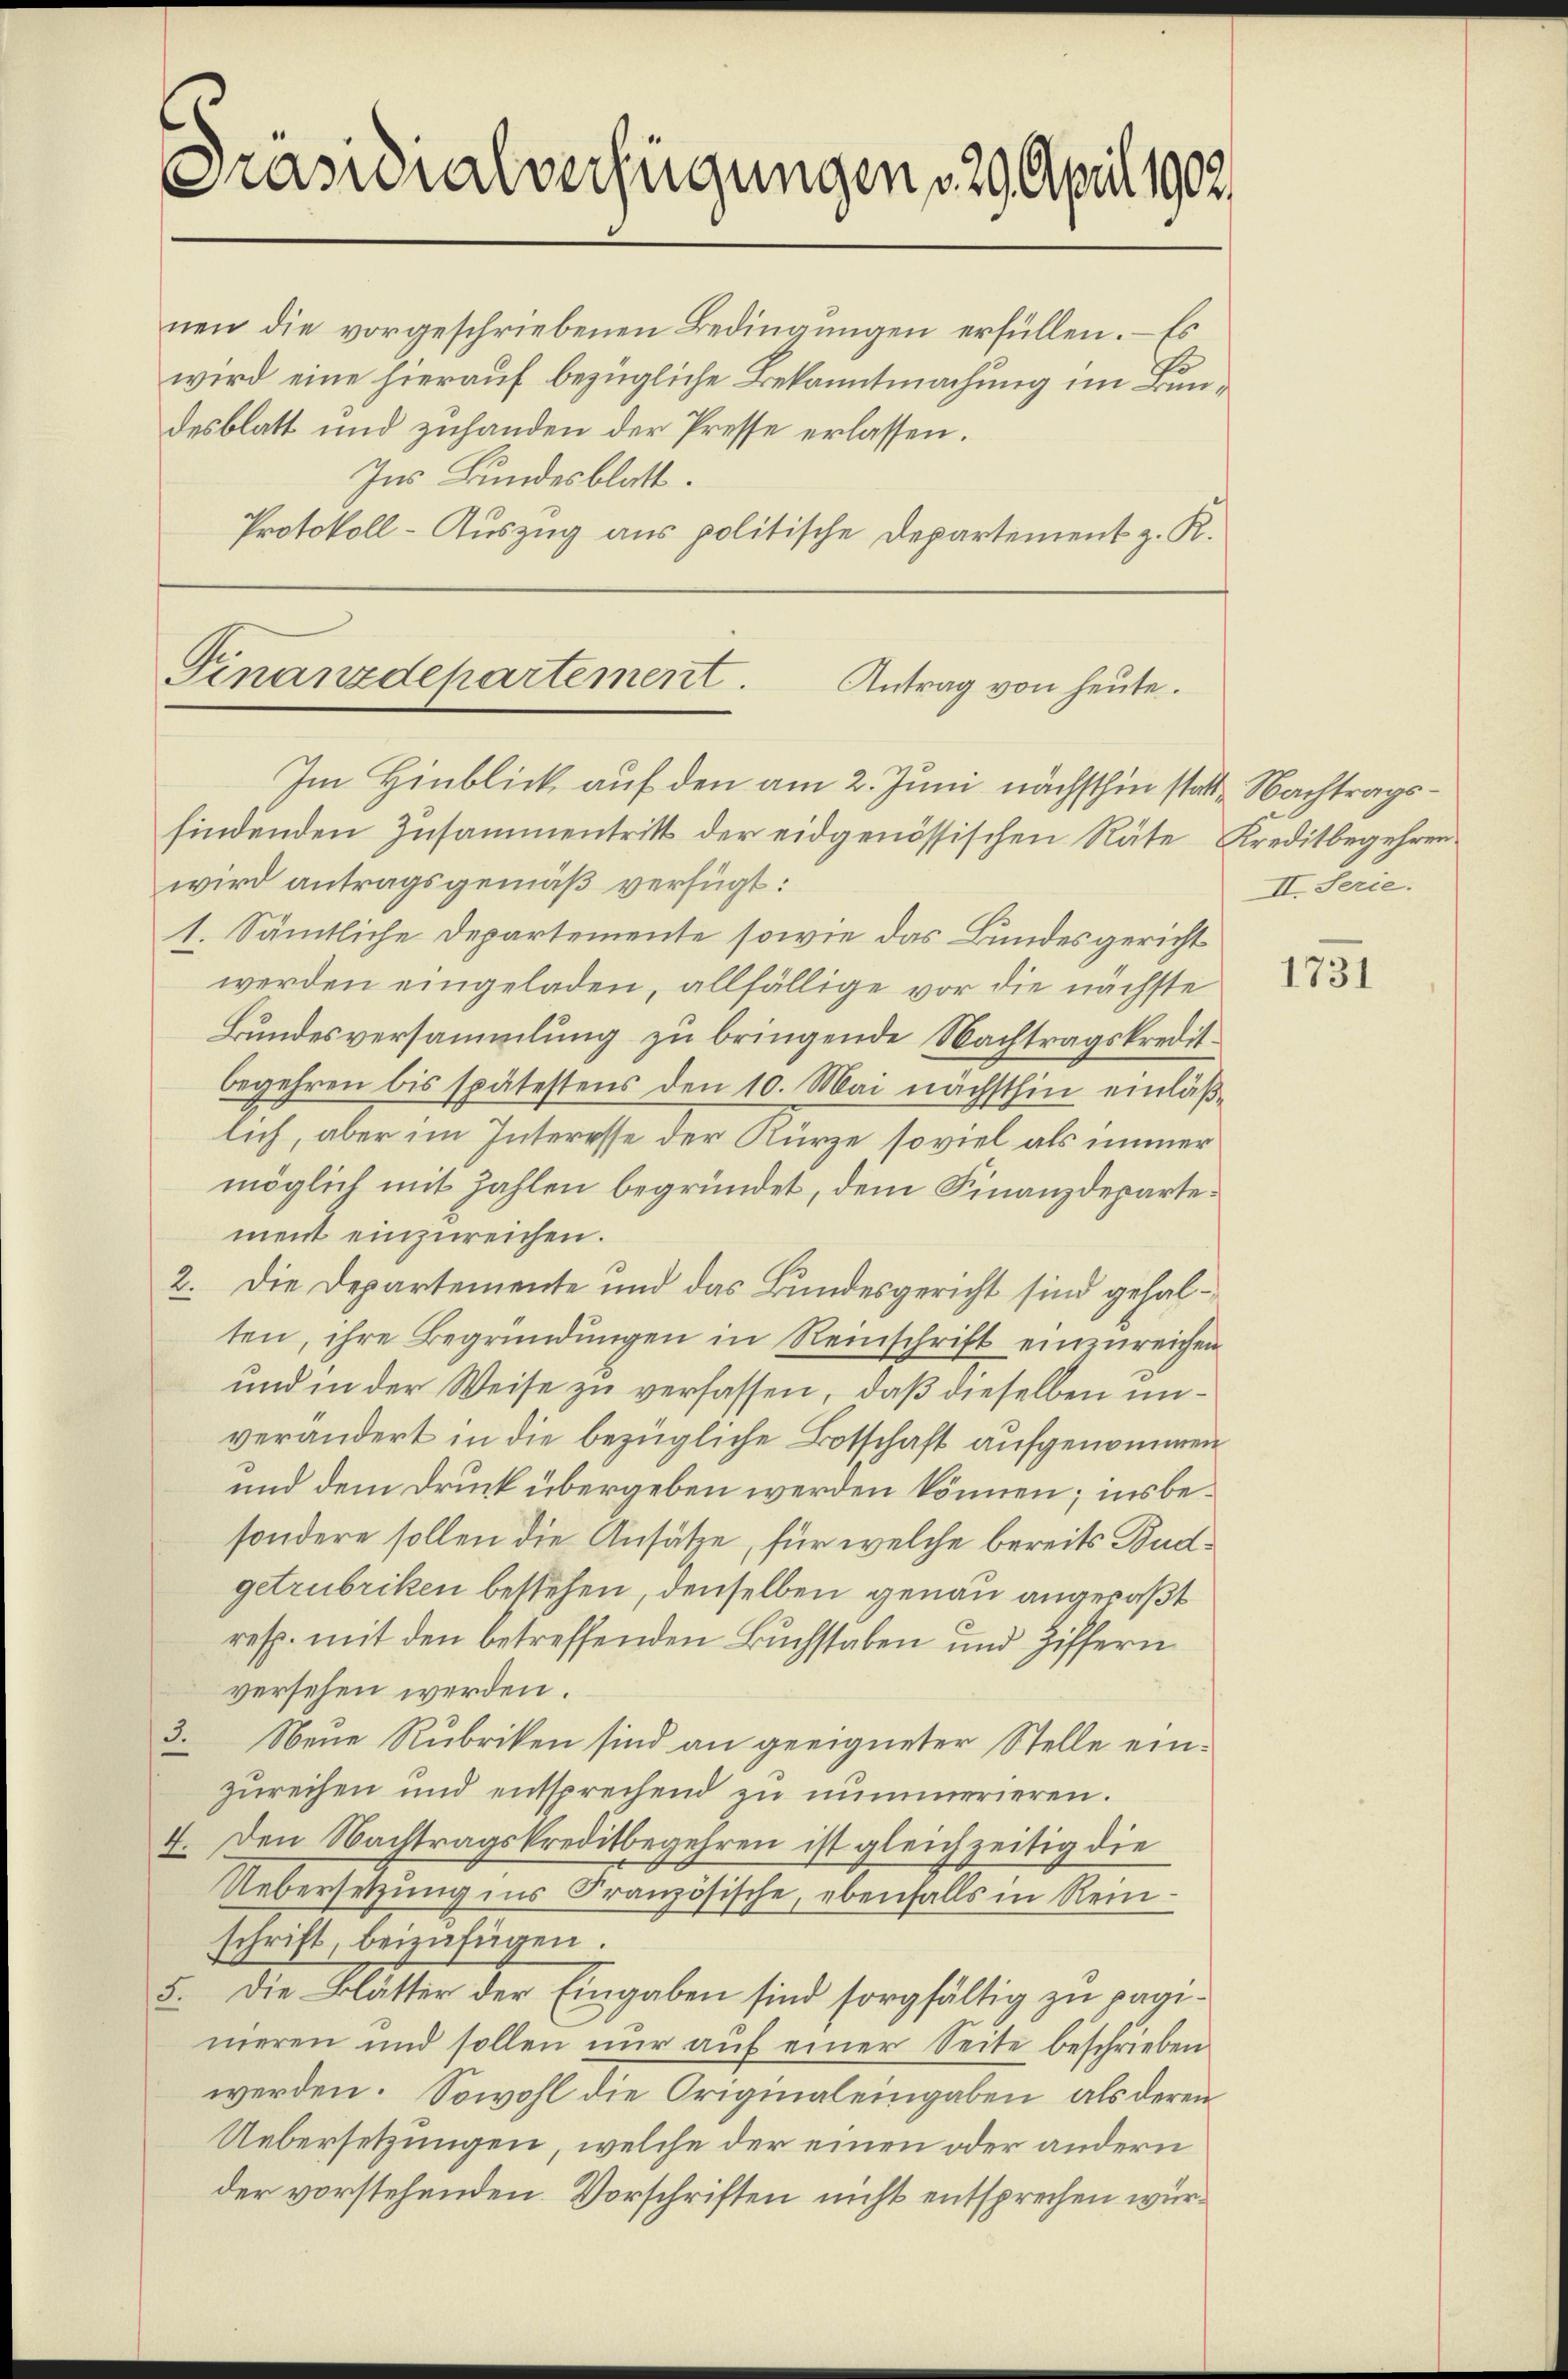
Prasuialverfügungen 29. April 1902

nen die vorgeschriebenen Bedingungen erfüllen. – Es
wird eine hierauf bezügliche Bekanntmachung im Bundesblatt und zuhanden der Presse erlassen.
Ins Bundesblatt.
Protokoll-Auszug aus politische Departement z. K.

Finanzdepartement.
Antrag von heute.
Im Hinblick auf den am 2. Juni nächsthin statte Nachtrags¬

II. Serie.

findenden Zusammentritt der eidgenössischen Räte Kreditbegehren
wird antragsgemäß verfügt:
1. Sämtliche Departemente sowie das Bundesgericht
werden eingeladen, allfällige vor die nächste
Bundesversammlung zu bringende Nachtragskreditbegehren bis spätestens den 10. Mai nächsthin einläßlich, aber im Interesse der Kürze soviel als immer
möglich mit Zahlen begründet, dem Finanzdepartement einzureichen.
2. Die Departemente und das Bundesgericht sind gehalten, ihre Begründŭngen in Reinschrift einzŭreichen
und in der Weise zu verfassen, daß dieselben unverändert in die bezügliche Botschaft aufgenommen
und dem Druck übergeben werden können; insbesondere sollen die Ansätze, für welche bereits Budgetrubriken bestehen, denselben genau angepaßt
resp. mit den betreffenden Buchstaben und Ziffern
versehen werden.
3. Neue Rubriken sind an geeigneter Stelle einzurechen und entsprechend zu nummerieren.
4. Den Nachtragskreditbegehren ist gleichzeitig die
Uebersetzung ins Französische, ebenfalls in Reinschrift, beizufügen.
5. Die Blätter der Eingaben sind sorgfältig zŭ pagi-
nieren und sollen nur auf einer Seite beschrieben
werden. Sowohl die Original eingaben, als deren
Uebersetzungen, welche der einen oder andern
der vorstehenden Vorschriften nicht entsprechen wür¬

1731